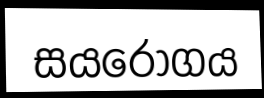
සයරෝගය